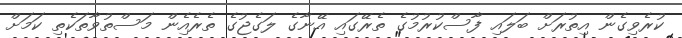
ކުރެވިގެން އިތުރަށް ބަލައި ފާސްކުރުމުގެ ތެރޭގައި އޭނާގެ ލަގެޖުގެ ތެރެއެިން މަސްތުވާތަކެތި ކަމަށް